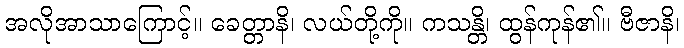
အလိုအာသာကြောင့်။ ခေတ္တာနိ၊ လယ်တို့ကို။ ကသန္တိ၊ ထွန်ကုန်၏။ ဗီဇာနိ၊